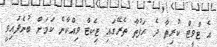
އެ ޓްވީޓް ކުރިތާ ދެ ހަފުތާ ތެރޭގައި ޓިކެޓް ވިއްކާނެ ކަމަށް ބުނެފައިވީ